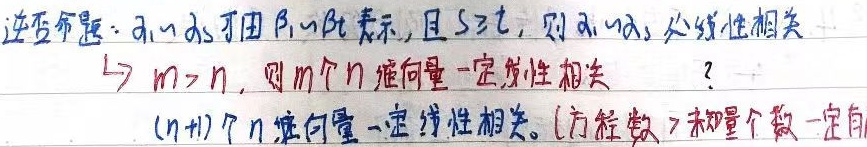
逆否命题：若\(\alpha_1\sim\alpha_s\) 可由 \(\beta_1\sim\beta_t\) 表示，且 \(s > t\)，则 \(\alpha_1,\alpha_2,\cdots,\alpha_s\) 必线性相关。

\(\to\) 若\(m>n\)，则 \(m\) 个 \(n\) 维向量一定线性相关 ？\((n + 1)\) 个 \(n\) 维向量一定线性相关。(方程数 > 未知量个数一定有解)